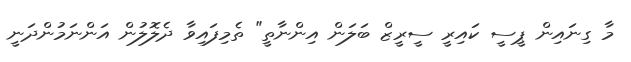
މާ ގިނައިން ޕީސީ ކައިރީ ސީރީޒް ބަލަން އިންނާތީ" ތެމިފައިވާ ދެލޮލުން އަންނަމުންދަނީ